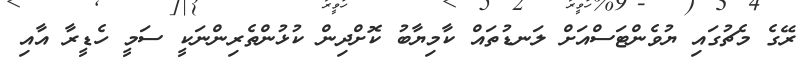
ރޭގެ މެޗުގައި ޔުވެންޓަސްއަށް ލަނޑުތައް ކާމިޔާބު ކޮށްދިން ކުޅުންތެރިންނަކީ ސަމީ ހެޑީރާ އާއި